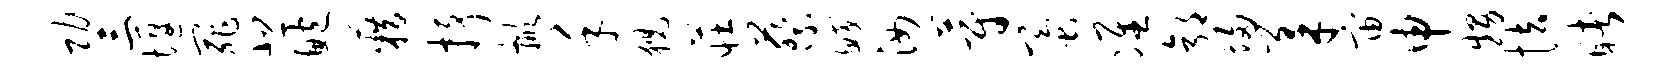
功三堰罪悲鲍籍抒掀禾猊庄蔡鲛汝蔚蚕准郭埽柔宙申甥怯睹